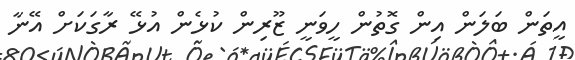
އީތަން ބަލަން އިން ގޮތުން ހީވަނީ ޒޫރިން ކުޅެން އުޅޭ ރާގަކަށް އޭނާ